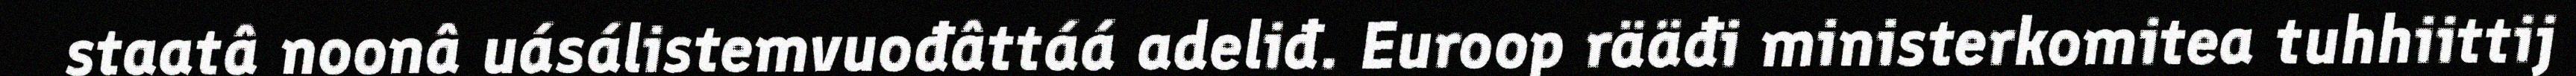
staatâ noonâ uásálistemvuođâttáá adeliđ. Euroop rääđi ministerkomitea tuhhiittij